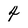
Character: 4